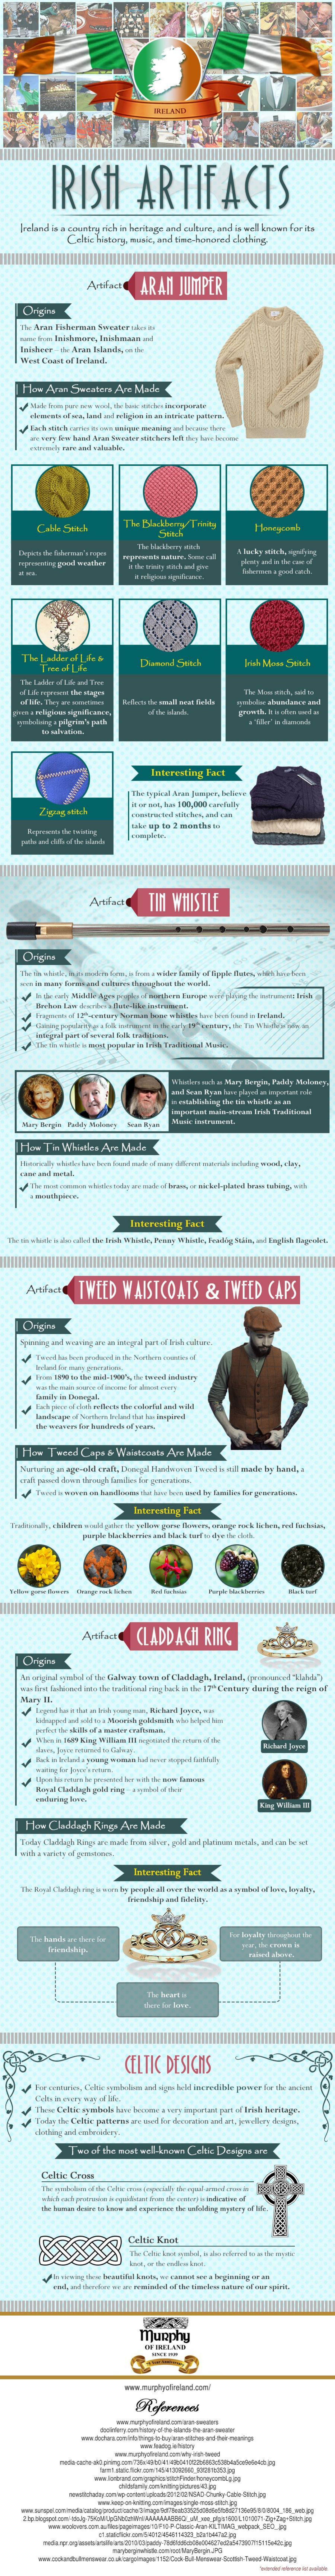
IRISH    ARTIFACTS
    Ireland is a country rich in heritage and culture, and is wall broren for ints
     Celic history, wask, and time-honored clothing.
     ARAN    JUMPER
     Origins
    West Cast of Ireland.
    I How Aran  Seantan  Are Made
     Calde Seuk
     The Ladder of Lin &
     Dusend  Gesch
     Interesting Fact
     Make up to 2 marathsin
     Artifac    Tin  WHISTLE
     Maur isarsmart
     Interesting Fact
     Aprifact   TWEED    WAISTCOATS    &   TWEED    CAPS
     Tweed Capa  & Waistcoata Are Made
     Interesting Fact
     Artihaut   CLADDAGH    RING
     Origins
    An original symbol of the Galway town of Claddagh, Inland, pramoed Sh/>
     Mary Ill
     lire lubkeod ins the tedkad ring bork in the 17"Carowry during the reignof
     -ting, bir kirwarten.
     Hone Claddagh Kings Are Made
     Interesting Fact
    The Meg al Clublagh ring is un ley porvigile all arver iler world as a goal
     The heart a
     CELTIC  DESICHS
     Thewy Coltk syrabals bore boooew a very important part of Irish heritage.
     Celtic Croel
     Celtic Krat
     murphy
     -